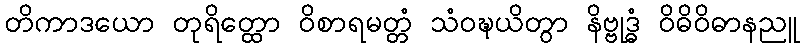
တိကာဒယော တုရိတ္ထော ဝိစာရမတ္တံ သံဝဍ္ဎယိတွာ နိဗ္ဗုဒ္ဓံ ဝိဓိဝိဓာနညူ